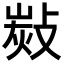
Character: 𢾋